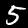
Digit: 5